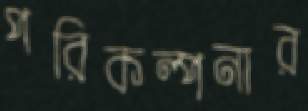
পরিকল্পনার